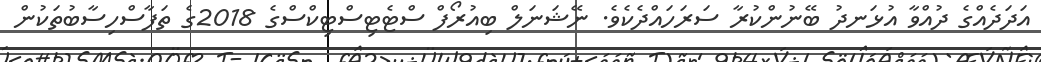
އަދަދެއްގެ ދުއްވާ އުޅަނދު ބޭނުންކުރާ ސަރަހައްދެކެވެ. ނޭޝަނަލް ބިއުރޯފް ސްޓެޓިސްޓިކްސްގެ 2018ގެ ތަފާސްހިސާބުތަކުން